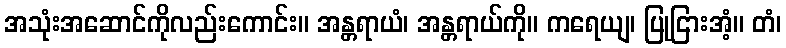
အသုံးအဆောင်ကိုလည်းကောင်း။ အန္တရာယံ၊ အန္တရာယ်ကို။ ကရေယျ၊ ပြုငြားအံ့။ တံ၊